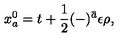
x _ { a } ^ { 0 } = t + \frac { 1 } { 2 } ( - ) ^ { \bar { a } } \epsilon \rho ,